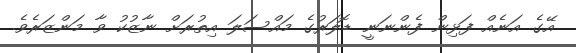
އޭގެ އަނެއް ފަޅިން ފެންނަނީ ޑޮލަރުގެ މައްސަލަ އިތުރަށް ނާޒުކު ވާ މަންޒަރެވެ.